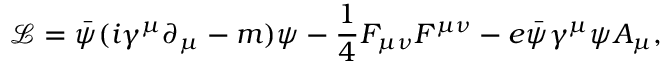
{ \mathcal { L } } = { \bar { \psi } } ( i \gamma ^ { \mu } \partial _ { \mu } - m ) \psi - { \frac { 1 } { 4 } } F _ { \mu \nu } F ^ { \mu \nu } - e { \bar { \psi } } \gamma ^ { \mu } \psi A _ { \mu } ,